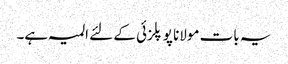
یہ بات مولانا پوپلزئی کے لئے المیہ ہے۔